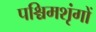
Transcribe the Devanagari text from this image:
पश्चिमशृंगों